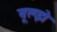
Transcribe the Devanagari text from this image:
वूल्झे